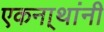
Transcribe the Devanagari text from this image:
एकना्थांनी